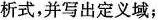
析式，并写出定义域；